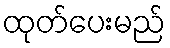
ထုတ်ပေးမည်